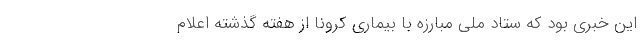
این خبری بود که ستاد ملی مبارزه با بیماری کرونا از هفته گذشته اعلام